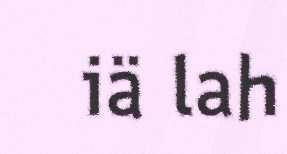
iä lah